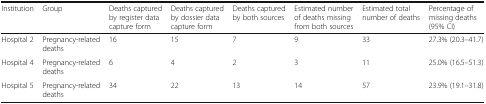
| Institution | Group | Deaths captured by register data capture form | Deaths captured by dossier data capture form | Deaths captured by both sources | Estimated number of deaths missing from both sources | Estimated total number of deaths | Percentage of missing deaths (95% CI) |
 | --- | --- | --- | --- | --- | --- | --- | --- |
 | Hospital 2 | Pregnancy-related deaths | 16 | 15 | 7 | 9 | 33 | 27.3% (20.3–41.7) |
 | Hospital 4 | Pregnancy-related deaths | 6 | 4 | 2 | 3 | 11 | 25.0% (16.5–51.3) |
 | Hospital 5 | Pregnancy-related deaths | 34 | 22 | 13 | 14 | 57 | 23.9% (19.1–31.8) |